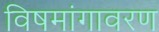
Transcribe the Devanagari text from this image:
विषमांगावरण